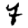
Digit: 7